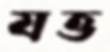
যত্ত